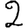
Digit: 2